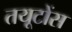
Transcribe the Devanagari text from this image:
तयूटोंस